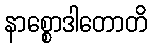
နာစ္စောဒါတောတိ